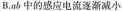
B.ab中的感应电流逐渐减小